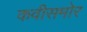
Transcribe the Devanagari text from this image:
कवीसमोर